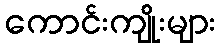
ကောင်းကျိုးများ